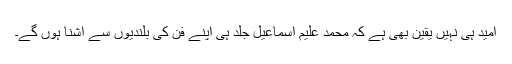
امید ہی نہیں یقین بھی ہے کہ محمد علیم اسماعیل جلد ہی اپنے فن کی بلندیوں سے آشنا ہوں گے۔